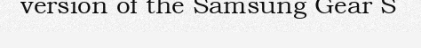
version of the Samsung Gear S